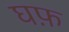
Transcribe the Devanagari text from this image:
घफ़